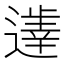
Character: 𲅶